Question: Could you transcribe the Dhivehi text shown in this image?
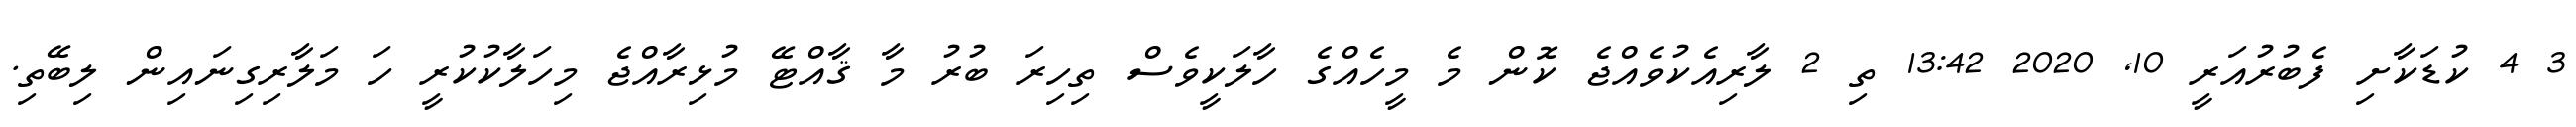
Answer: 3 4 ކުޑަކާށި ފެބުރުއަރީ 10, 2020 13:42 ތި 2 ލާރިއެކުވެއްޖެ ކޮން މެ މީހެއްގެ ހާލަކީވެސް ތިހިރަ ބުރު މާ ޤާއްޓޭ މުޅިރާއްޖެ މިހަލާކުކުރީ ހަ މަލާރިގިނައިން ލިބޭތި.